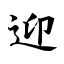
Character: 迎